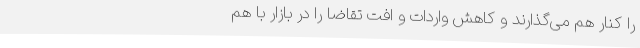
را کنار هم می‌گذارند و کاهش واردات و افت تقاضا را در بازار با هم